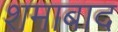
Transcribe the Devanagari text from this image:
शमाबाद